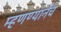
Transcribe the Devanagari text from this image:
म्हणण्यानेच